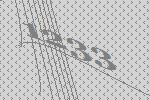
1233